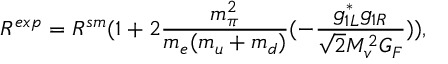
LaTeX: R ^ { e x p } = R ^ { s m } ( 1 + 2 { \frac { m _ { \pi } ^ { 2 } } { m _ { e } ( m _ { u } + m _ { d } ) } } ( - { \frac { g _ { 1 L } ^ { * } g _ { 1 R } } { { \sqrt 2 } M _ { v } ^ { 2 } G _ { F } } } ) ) ,